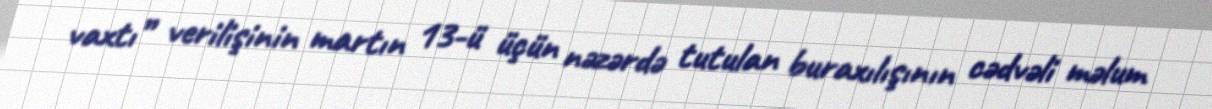
vaxtı” verilişinin martın 13-ü üçün nəzərdə tutulan buraxılışının cədvəli məlum